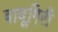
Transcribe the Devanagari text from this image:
बाबूगिरी